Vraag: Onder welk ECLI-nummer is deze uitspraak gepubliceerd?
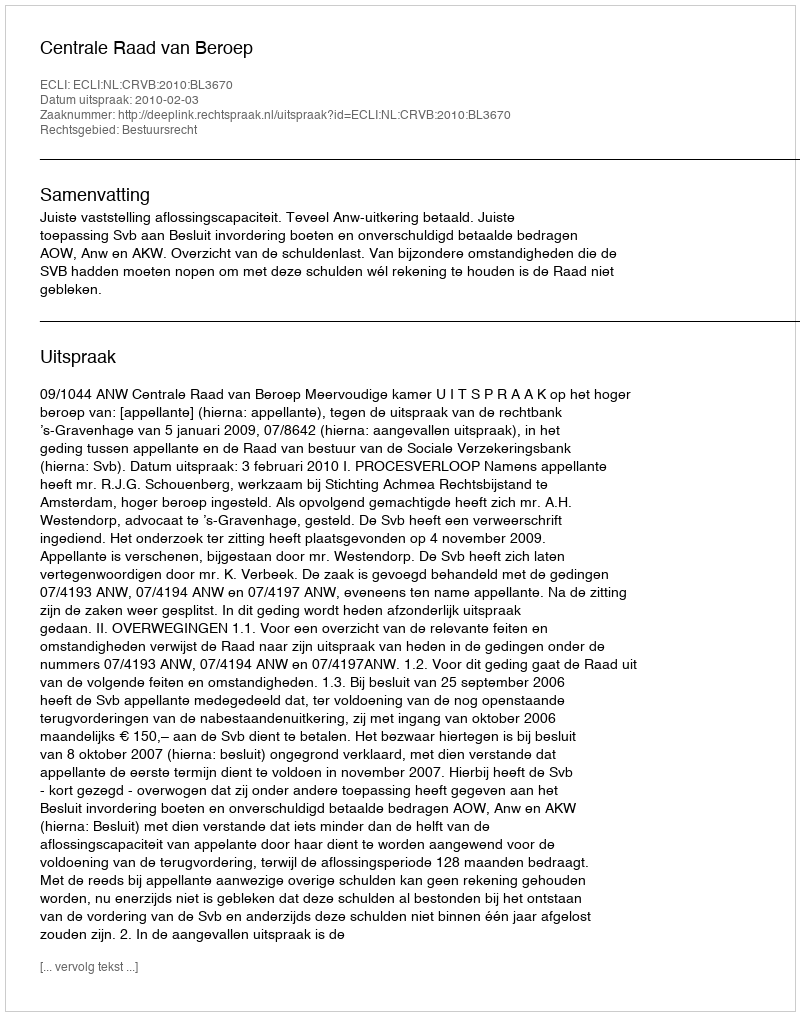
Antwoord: ECLI:NL:CRVB:2010:BL3670